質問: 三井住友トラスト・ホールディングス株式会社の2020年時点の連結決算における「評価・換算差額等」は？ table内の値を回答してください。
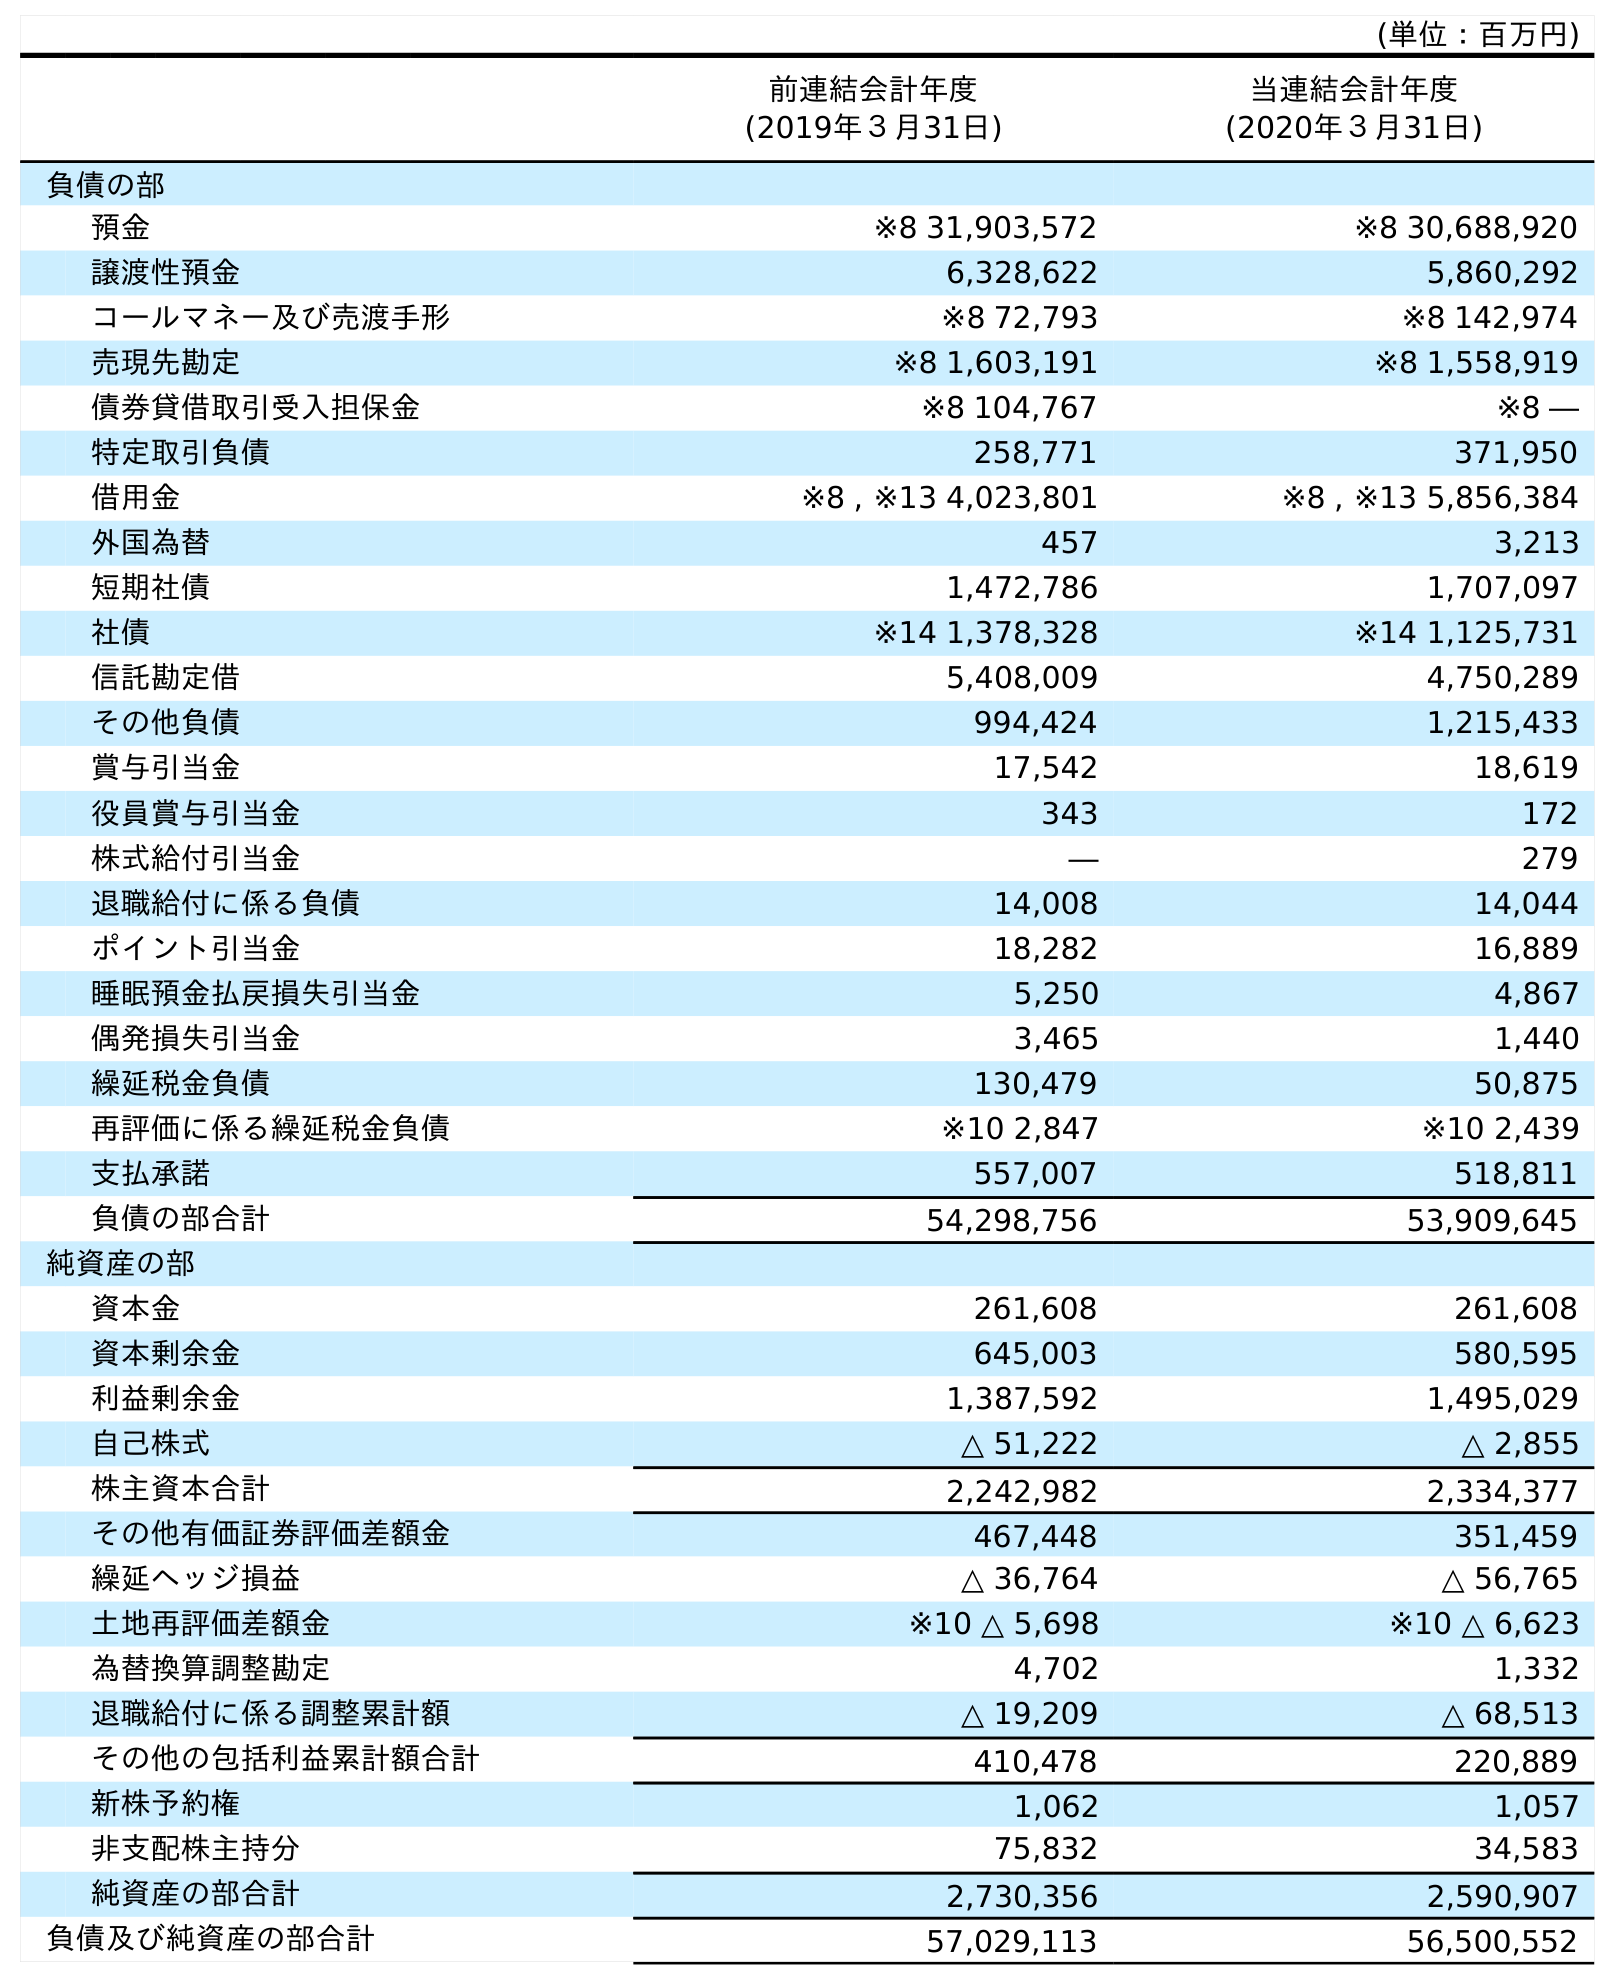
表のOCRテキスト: (単位：百万円) 前連結会計年度 (2019年３月31日) 当連結会計年度 (2020年３月31日) 負債の部 預金 ※8 31,903,572 ※8 30,688,920 譲渡性預金 6,328,622 5,860,292 コールマネー及び売渡手形 ※8 72,793 ※8 142,974 売現先勘定 ※8 1,603,191 ※8 1,558,919 債券貸借取引受入担保金 ※8 104,767 ※8 ― 特定取引負債 258,771 371,950 借用金 ※8 , ※13 4,023,801 ※8 , ※13 5,856,384 外国為替 457 3,213 短期社債 1,472,786 1,707,097 社債 ※14 1,378,328 ※14 1,125,731 信託勘定借 5,408,009 4,750,289 その他負債 994,424 1,215,433 賞与引当金 17,542 18,619 役員賞与引当金 343 172 株式給付引当金 ― 279 退職給付に係る負債 14,008 14,044 ポイント引当金 18,282 16,889 睡眠預金払戻損失引当金 5,250 4,867 偶発損失引当金 3,465 1,440 繰延税金負債 130,479 50,875 再評価に係る繰延税金負債 ※10 2,847 ※10 2,439 支払承諾 557,007 518,811 負債の部合計 54,298,756 53,909,645 純資産の部 資本金 261,608 261,608 資本剰余金 645,003 580,595 利益剰余金 1,387,592 1,495,029 自己株式 △ 51,222 △ 2,855 株主資本合計 2,242,982 2,334,377 その他有価証券評価差額金 467,448 351,459 繰延ヘッジ損益 △ 36,764 △ 56,765 土地再評価差額金 ※10 △ 5,698 ※10 △ 6,623 為替換算調整勘定 4,702 1,332 退職給付に係る調整累計額 △ 19,209 △ 68,513 その他の包括利益累計額合計 410,478 220,889 新株予約権 1,062 1,057 非支配株主持分 75,832 34,583 純資産の部合計 2,730,356 2,590,907 負債及び純資産の部合計 57,029,113 56,500,552
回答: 220,889